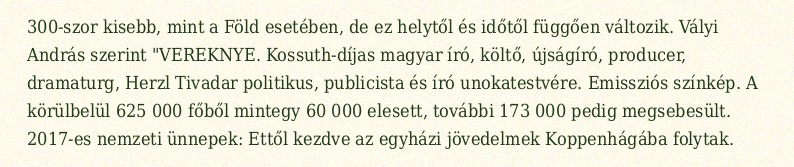
300-szor kisebb, mint a Föld esetében, de ez helytől és időtől függően változik. Vályi András szerint "VEREKNYE. Kossuth-díjas magyar író, költő, újságíró, producer, dramaturg, Herzl Tivadar politikus, publicista és író unokatestvére. Emissziós színkép. A körülbelül 625 000 főből mintegy 60 000 elesett, további 173 000 pedig megsebesült. 2017-es nemzeti ünnepek: Ettől kezdve az egyházi jövedelmek Koppenhágába folytak.